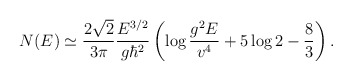
\begin{align*}N(E) \simeq {2 \sqrt{2} \over 3 \pi} {E^{3/2}\over g \hbar^2}\left( \log{g^2 E \over v^4} + 5\log2 - {8\over3} \right).\end{align*}